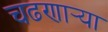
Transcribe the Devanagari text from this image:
चढणार्‍या